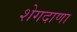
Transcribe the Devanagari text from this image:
शेगदाणा